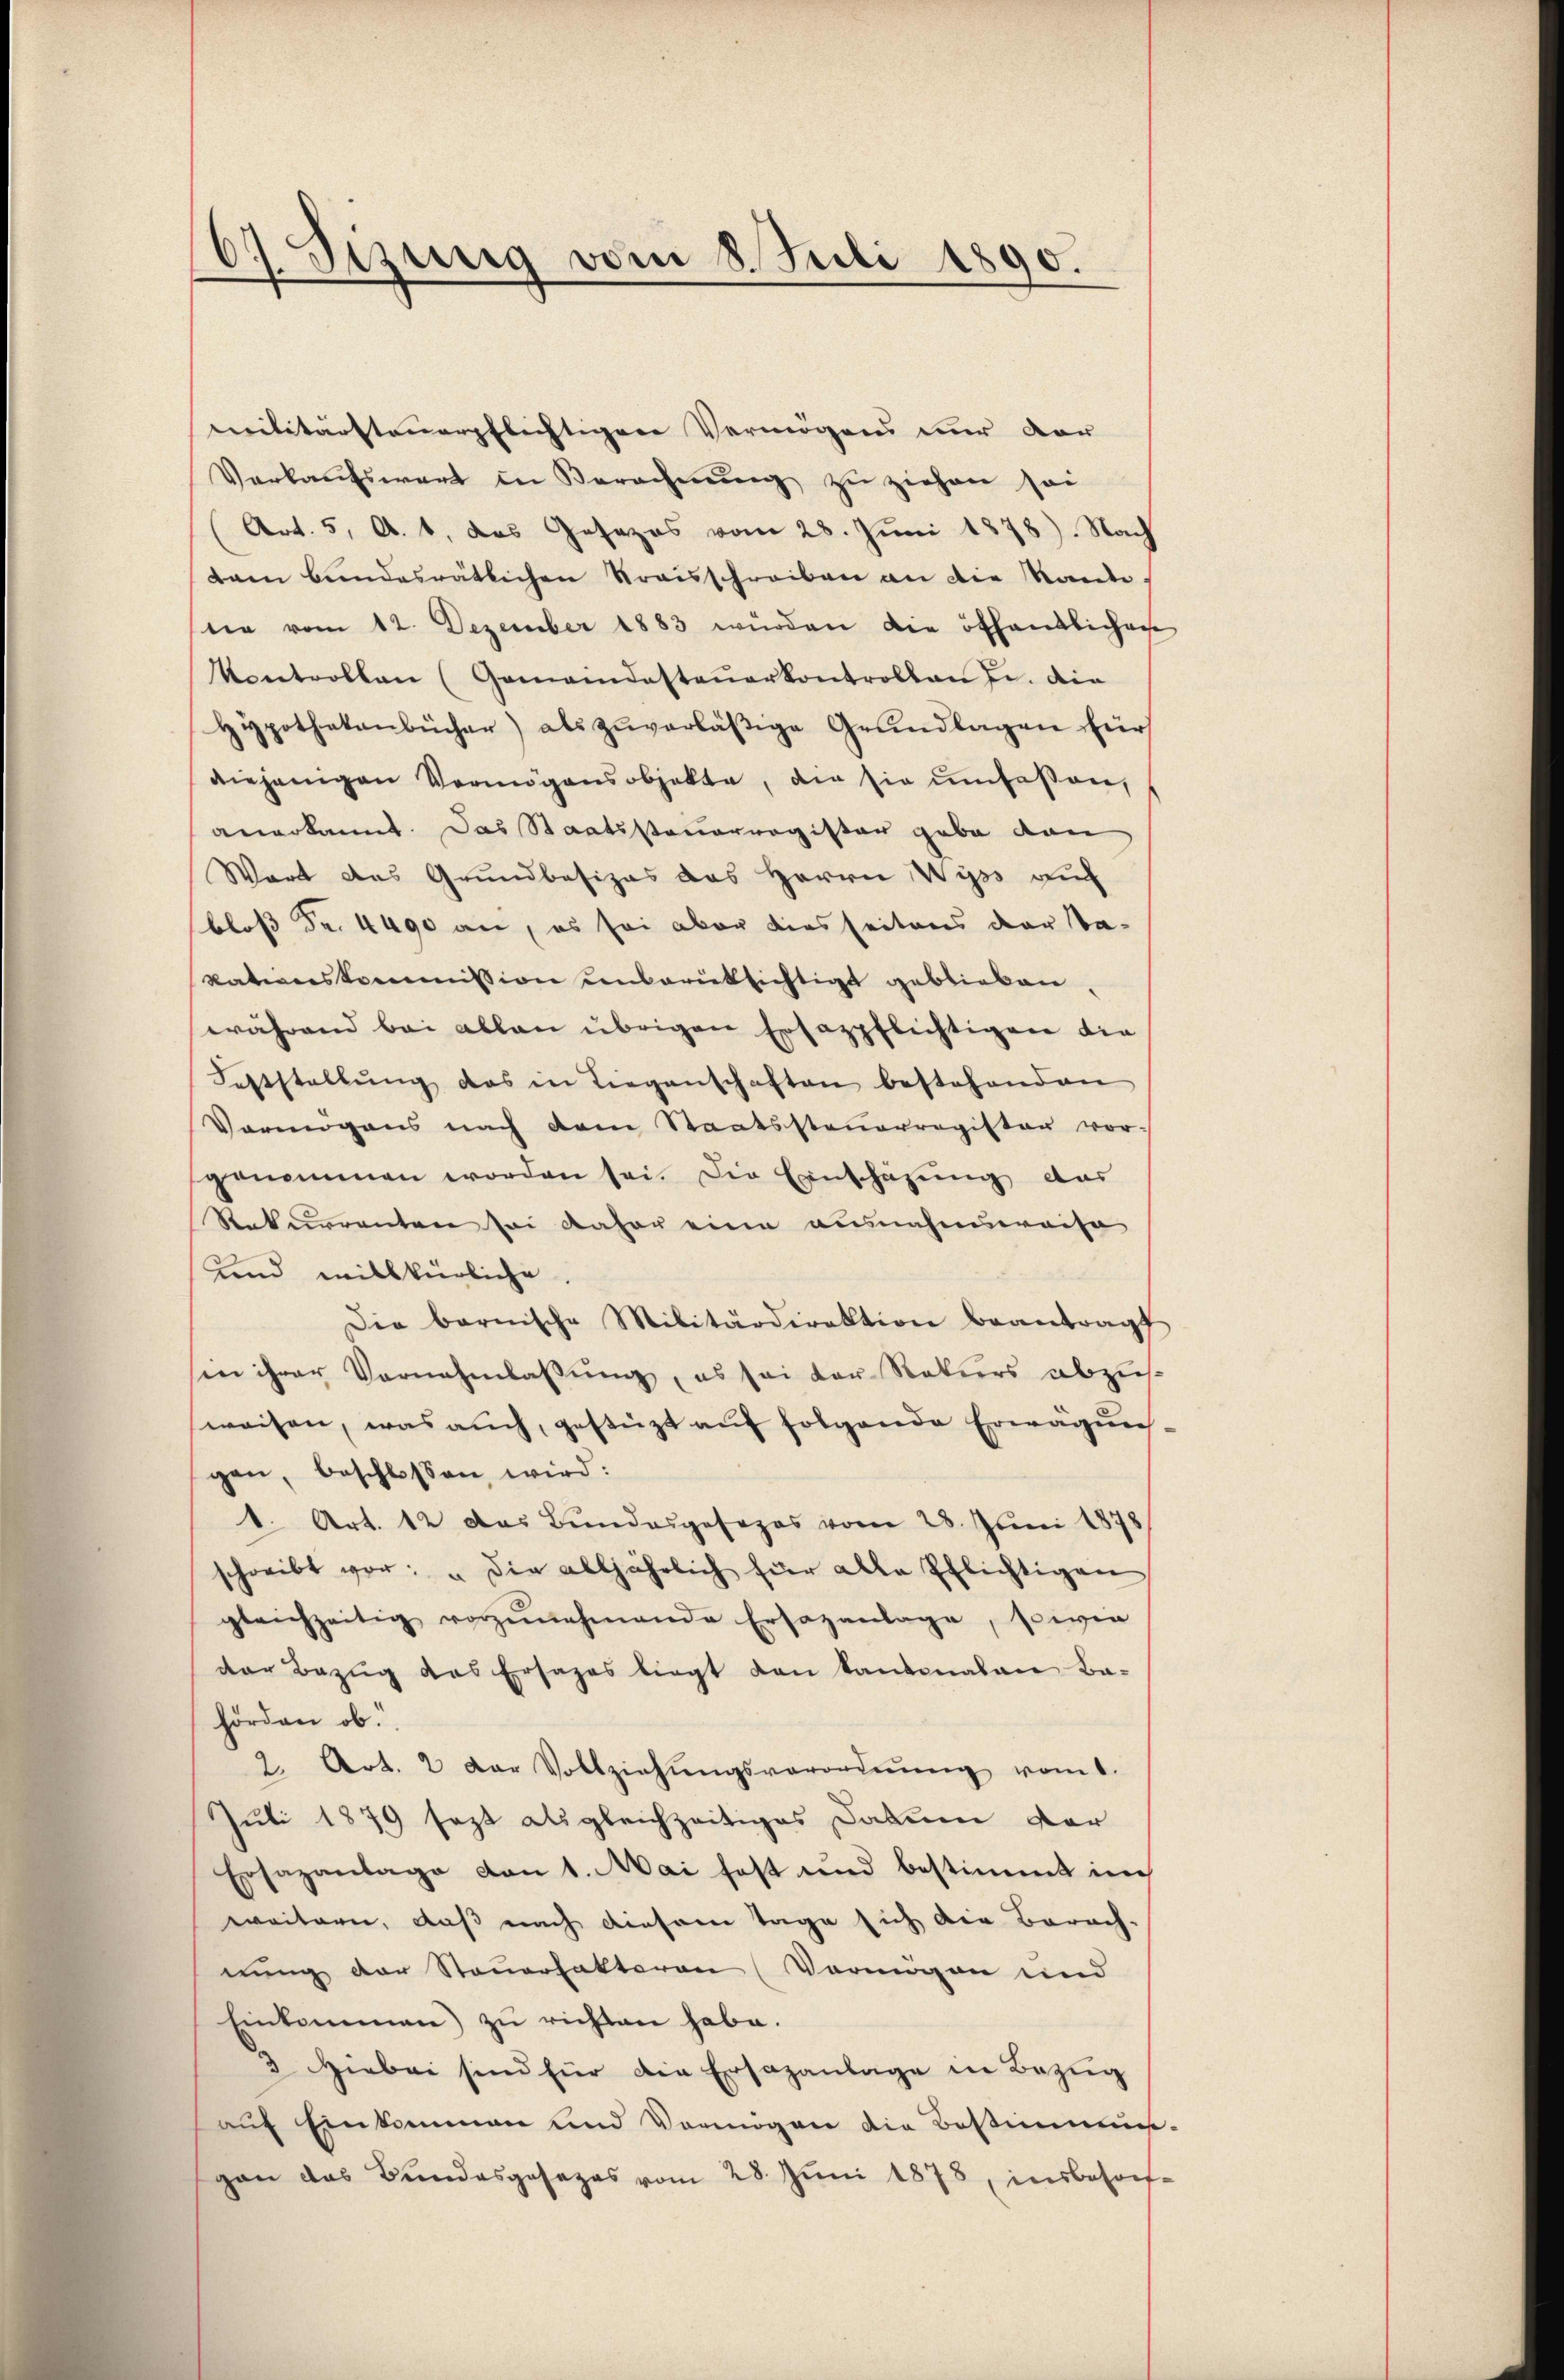
67. Sizung vom 8. Juli 1890.

militärsteuerpflichtiger Vermögens der vor
Verkaŭfswert in Berechnŭng zŭ ziehen sei
Art. 5, A. 1, das Gesezes vom 28. Juni 1878). Nach
dam bundesrätlichen Kraisschreiben an die Rande
ne vom 12. Dezember 1883 würden die öffentlichen
Kontrollen (Gemeindesteŭerkontrollen J. die
Hypothekenbücher) als zuverläßige Grundlagen für
diejenigen Vermögensobjekte, die sie umfassen,
anerkannt. Das Staatssteuerregister gabe dan
Wart das Grundbesizes das Herrn Wyss auf
bloß Fr. 4490 an, es sei aber diesseitens der Sa-
kationskommission unberüksichtigt geblieben.
während bei allen übrigen Ersazpflichtigen die
Feststellŭng das in Liegenschaften bestehenden
Vermögens nach dem Staatssteuerregister vor-
genommen worden sei. Die Einschazung der
Rekurrenten sei daher eine ausnahmreisa
und willkürliche
Die barnische Militärdirektion beantragt
in ihrer Vornahmlassung, es sei der Rekurs abzusweisen, was auch, gestüzt auf folgende Erwägung
gen, beschlossen wird:
1. Art. 12 das Bundesgesezes vom 28. Juni 1878
schreibt vor: "die alljährlich für alle Pflichtigen
gleichzeitig vorzŭnehmende Ersazanlage, sowie
der Bezug des Ersatzes liegt den kantonalen Ba-
hörden ob.
2. Art. 2 der Vollziehŭngsverordnŭng vom 1.
Juli 1879 sezt als gleichzeitiges Datum vor
Ersazantage von 1. Mai fest und bestimmt i
weitern, daß nach diesem Tage sich die Berach-
nung der Steuerfaktoren (Vermögen und
Einkommen zŭ richten habe.
3 Hiebei sind für die Ersazanlage in Bezug
auf Einkommen und Vermögen die Bestimmun
gan das Bundesgesezes vom 28. Jŭni 1878, insbeson